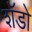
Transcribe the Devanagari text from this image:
शॅडो